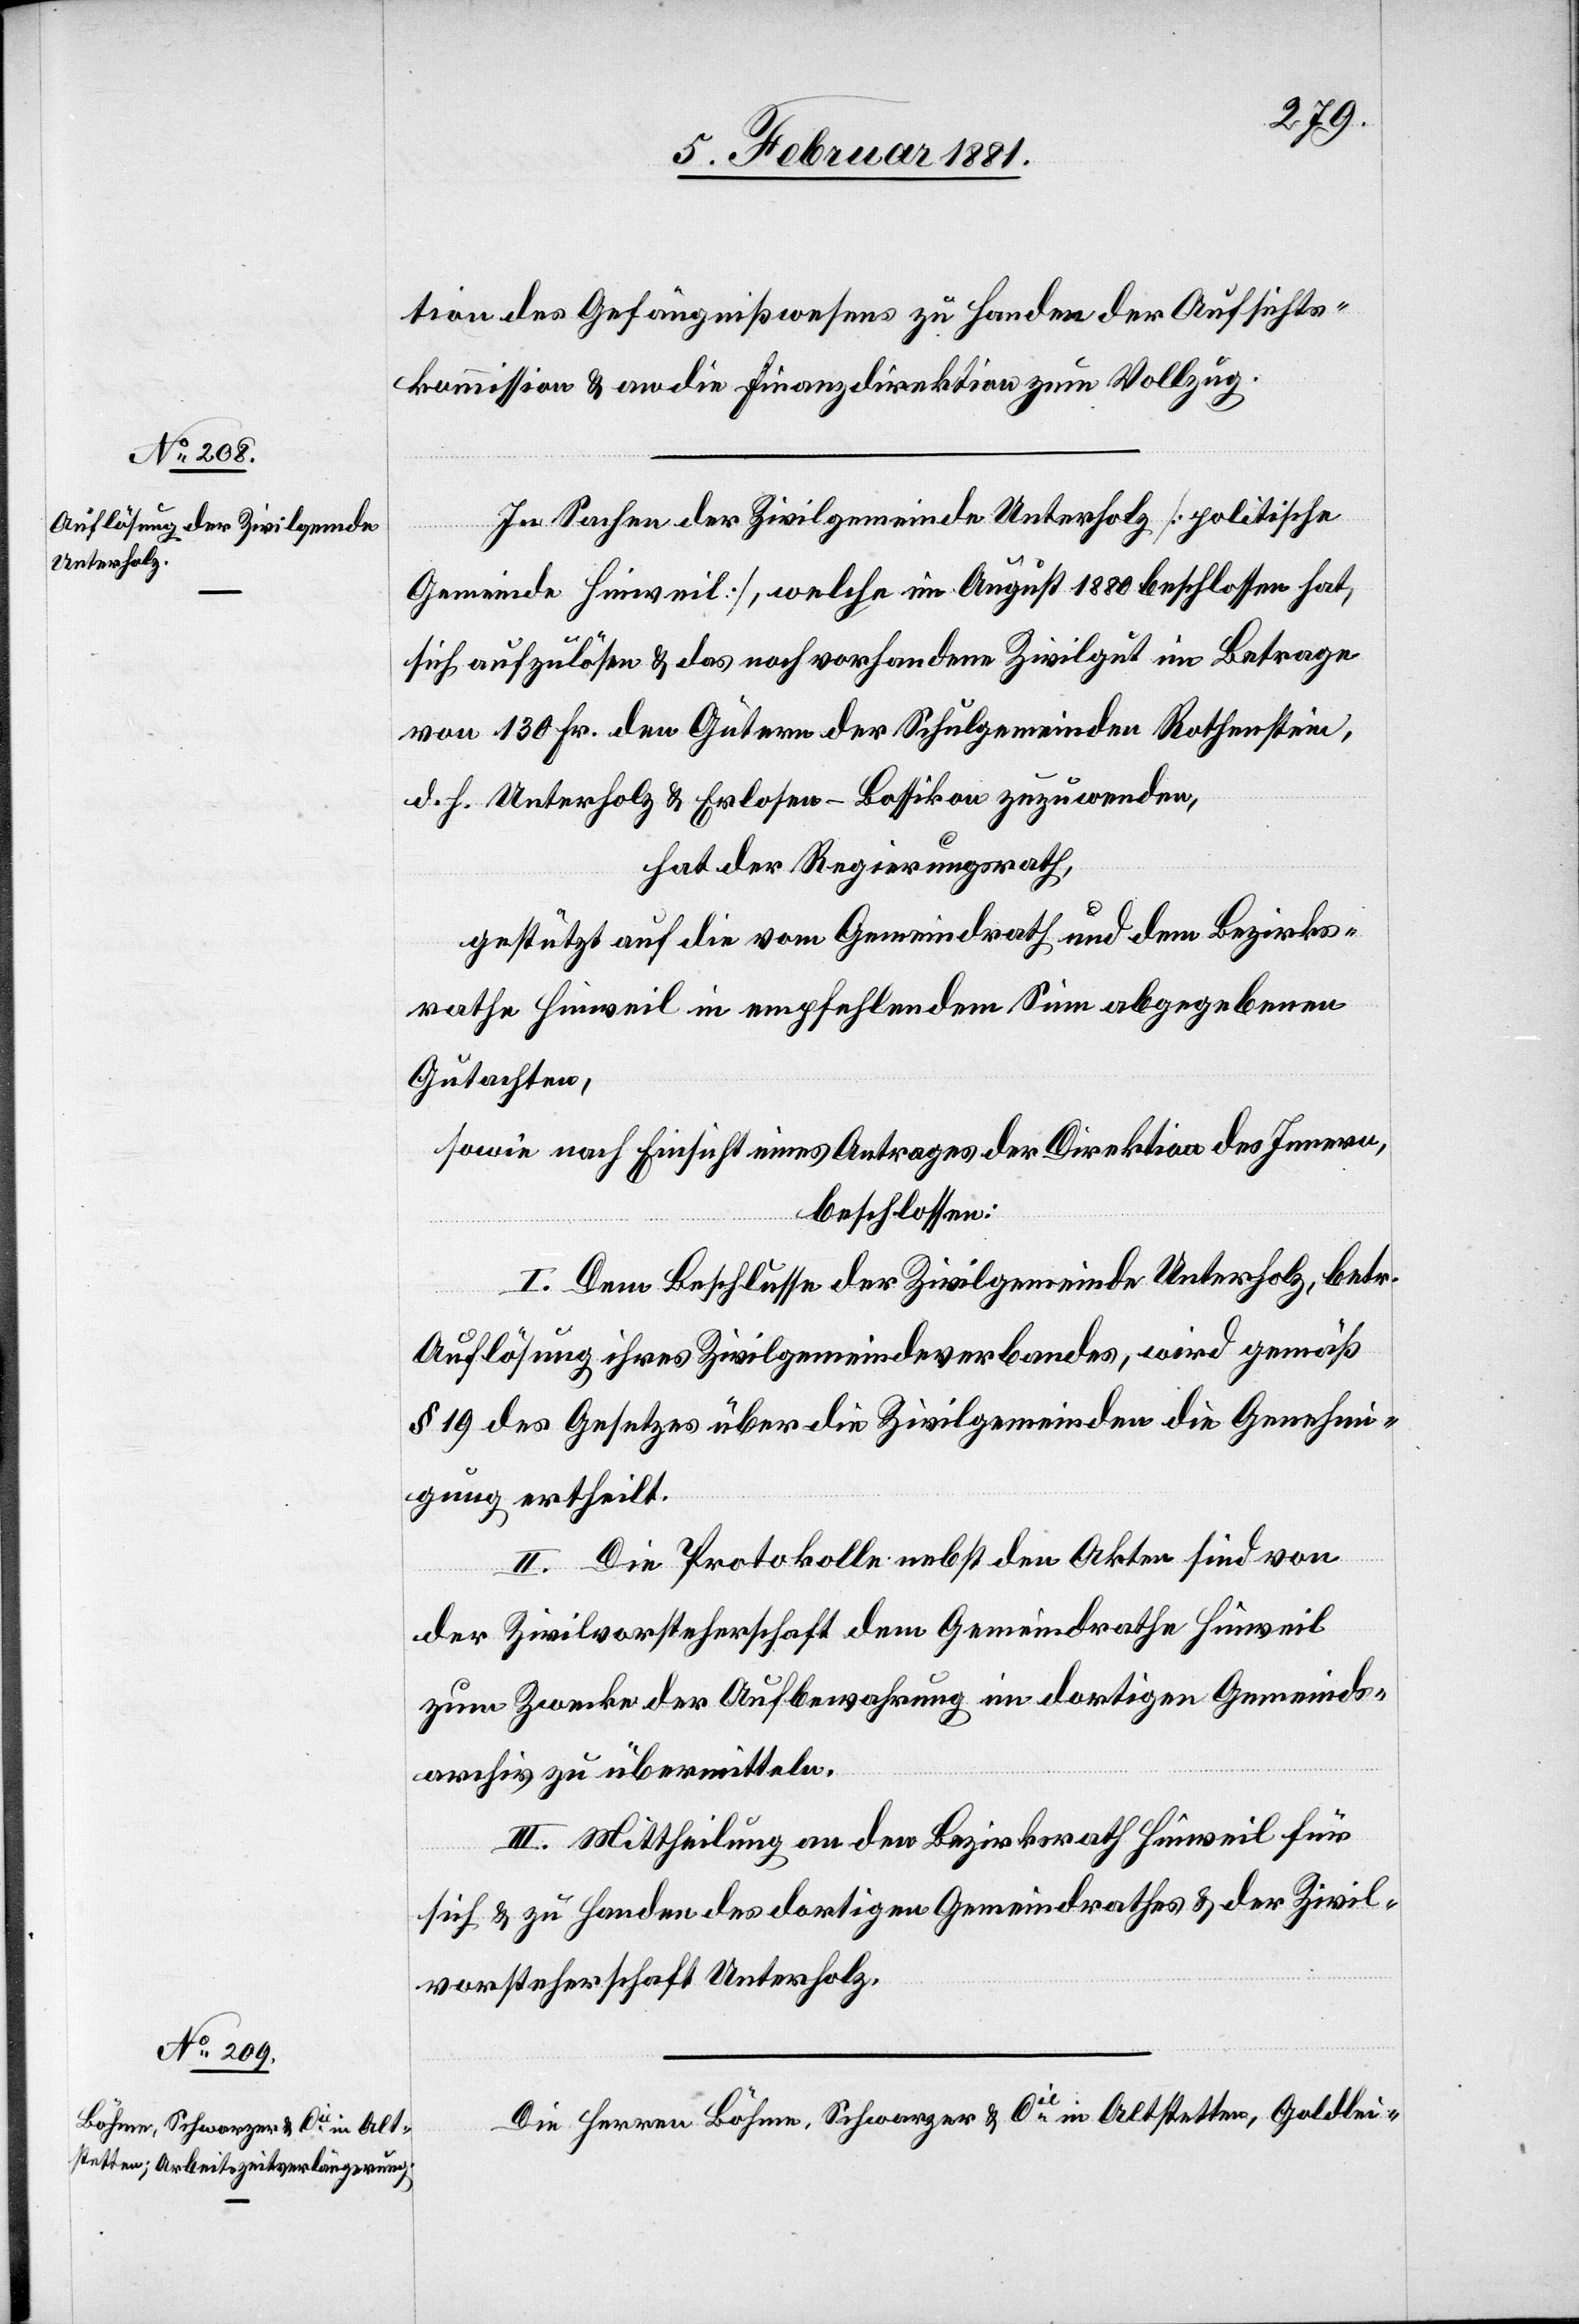
tion des Gefängnißwesens zu Handen der Aufsichts¬
kommission & an die Finanzdirektion zum Vollzug.
In Sachen der Zivilgemeinde Unterholz [politische
Gemeinde Hinweil], welche im August 1880 beschlossen hat,
sich aufzulösen & das noch vorhandene Zivilgut im Betrage
von 130 Fr. den Gütern der Schulgemeinden Rothenstein,
d. h. Unterholz & Erlosen - Bossikon zuzuwenden,
hat der Regierungsrath,
gestützt auf die vom Gemeindrath und dem Bezirks¬
rathe Hinweil in empfehlendem Sinn abgegebenen
Gutachten,
sowie nach Einsicht eines Antrages der Direktion des Innern,
beschlossen:
I. Dem Beschlusse der Zivilgemeinde Unterholz, betr.
Auflösung ihres Zivilgemeindeverbandes, wird gemäß
§ 19 des Gesetzes über die Zivilgemeinden die Genehmi¬
gung ertheilt.
II. Die Protokolle nebst den Akten sind von
der Zivilvorsteherschaft dem Gemeindrathe Hinweil
zum Zwecke der Aufbewahrung im dortigen Gemeinds¬
archiv zu übermitteln.
III. Mittheilung an der Bezirksrath Hinweil für
sich & zu Handen des dortigen Gemeindrathes & der Zivil¬
vorsteherschaft Unterholz.
Die Herren Böhme, Schwarzer & Cie in Altstetten, Goldlei-